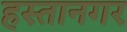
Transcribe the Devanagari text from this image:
हस्तानगर